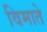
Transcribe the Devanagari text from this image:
विमाते